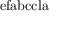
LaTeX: \mathrm { e f a b c c l a }